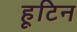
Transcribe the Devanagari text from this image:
हूटिन